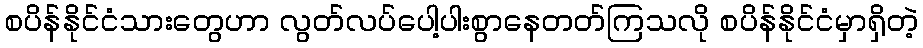
စပိန်နိုင်ငံသားတွေဟာ လွတ်လပ်ပေါ့ပါးစွာနေတတ်ကြသလို စပိန်နိုင်ငံမှာရှိတဲ့